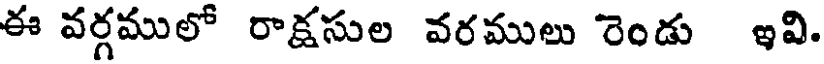
ఈ వర్గములో రాక్షసుల వరములు రెండు ఇవి.